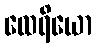
ထေရိယော